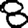
Digit: 8